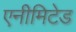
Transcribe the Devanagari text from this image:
एनीमिटेड